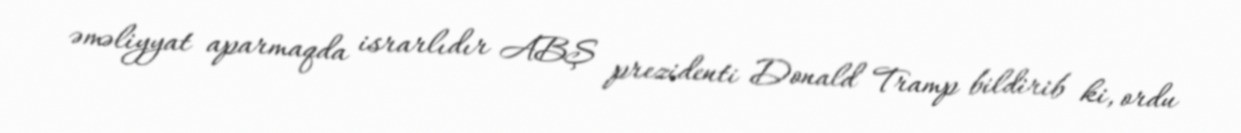
əməliyyat aparmaqda israrlıdır ABŞ prezidenti Donald Tramp bildirib ki, ordu